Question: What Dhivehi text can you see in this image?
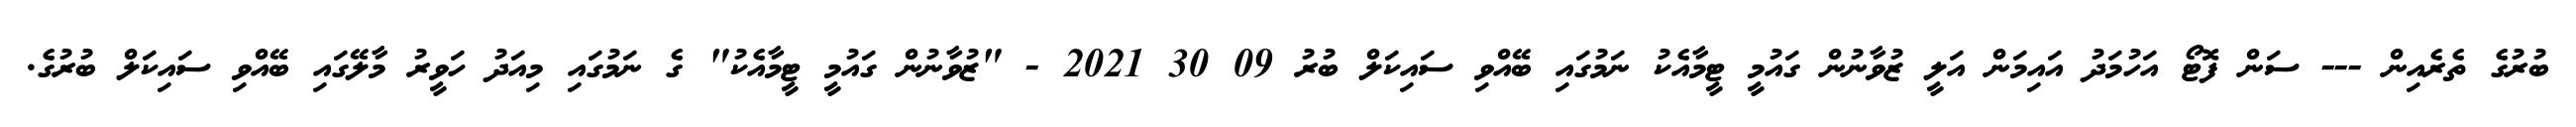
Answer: ބުރުގެ ތެރެއިން --- ސަން ފޮޓޯ އަހުމަދު އައިމަން އަލީ ޒުވާނުން ގައުމީ ޓީމާއެކު ނަމުގައި ބޭއްވި ސައިކަލް ބުރު 09 30 2021 - "ޒުވާނުން ގައުމީ ޓީމާއެކު" ގެ ނަމުގައި މިއަދު ހަވީރު މާލޭގައި ބޭއްވި ސައިކަލް ބުރުގެ.